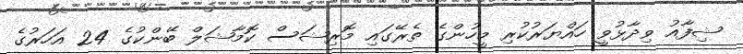
ޝިފާއު ވިދާޅުވީ ހައްޔަރުކުރި މީހުންގެ ތެރޭގައި މޮރިޝަސް ކޮމާޝަލް ބޭންކުގެ 24 އަހަރުގެ